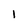
Character: 1